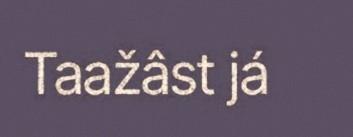
Taažâst já